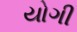
યોગી